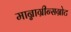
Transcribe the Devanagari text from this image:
मान्नाग्रीन्सग्रोट